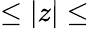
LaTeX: \le\left|z\right|\le